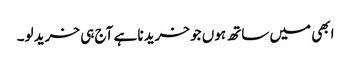
ابھی میں ساتھ ہوں جو خریدنا ہے آج ہی خرید لو۔